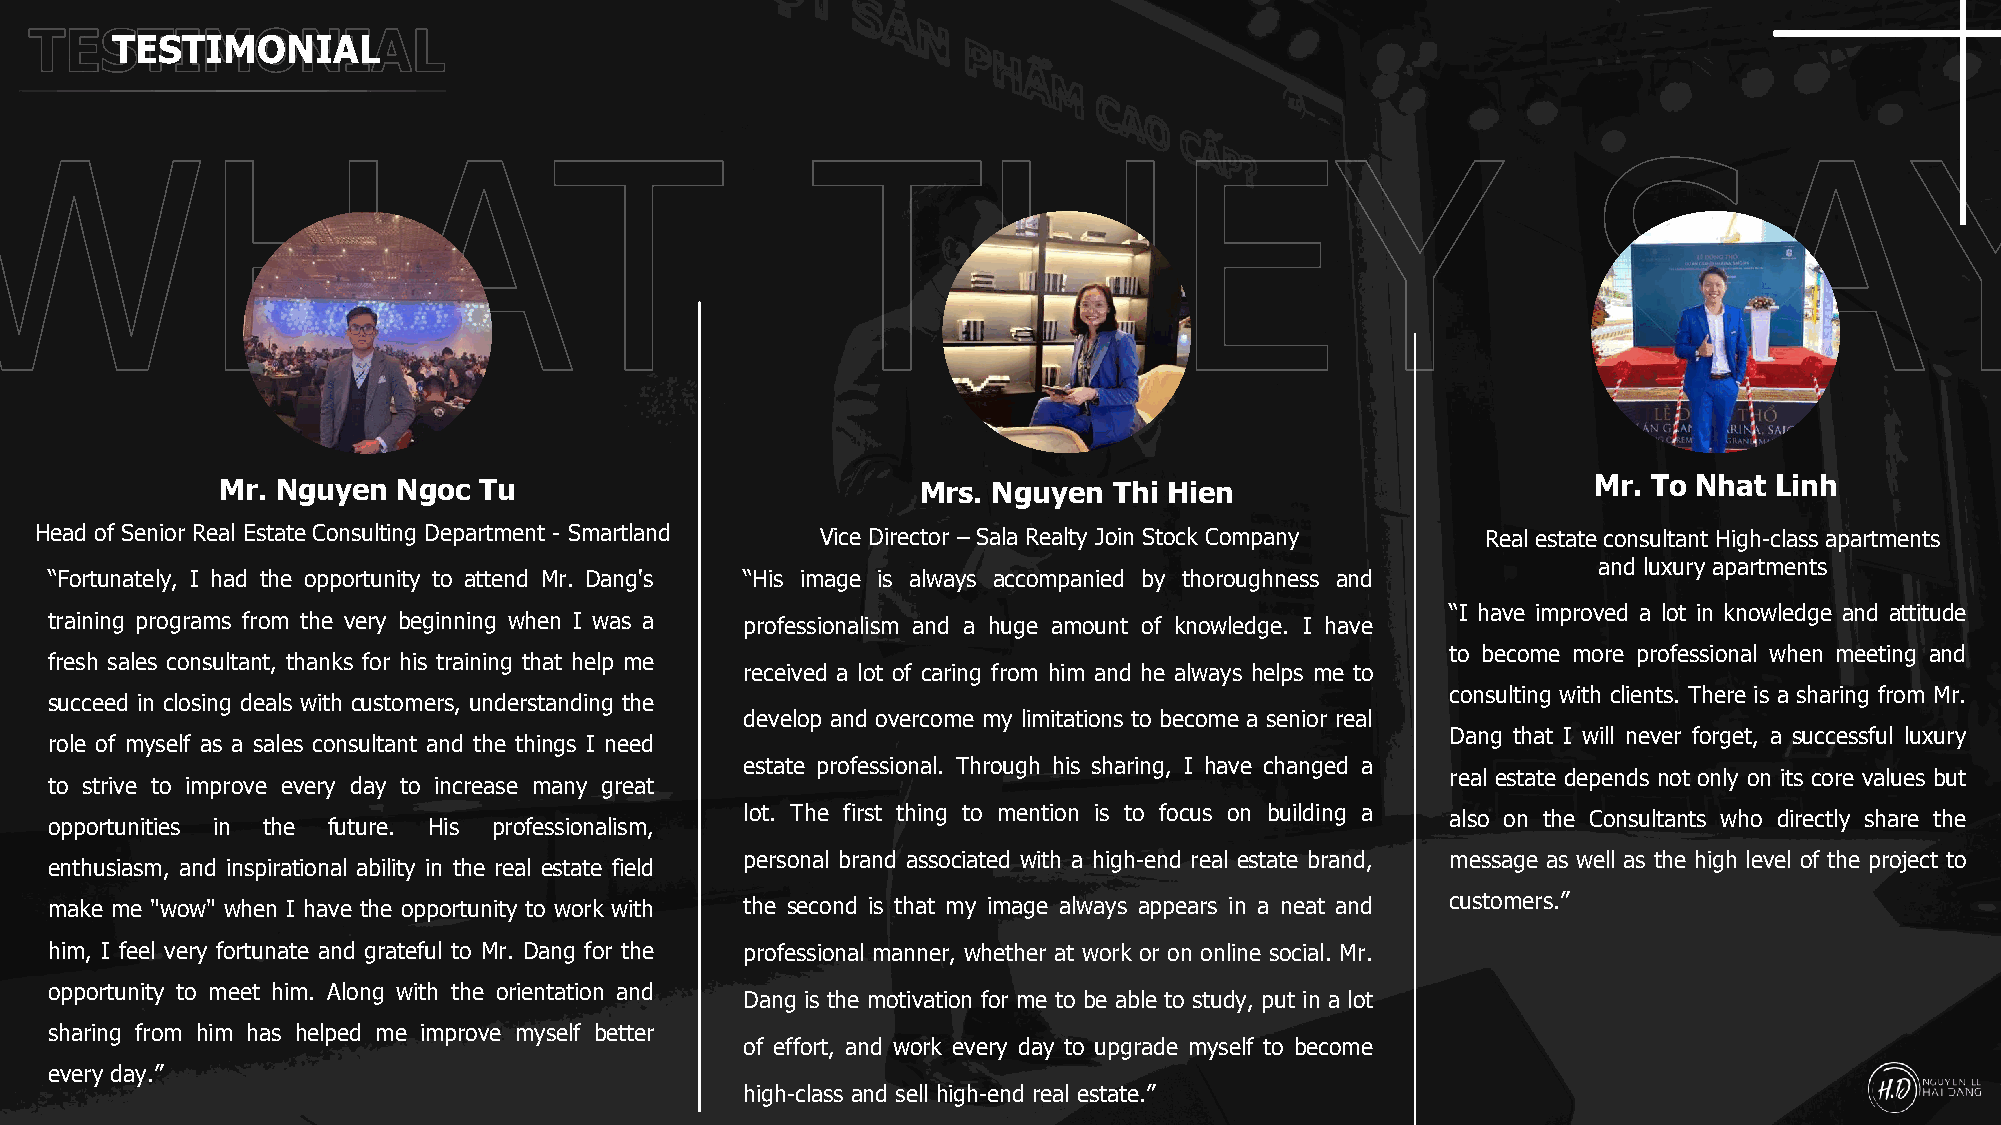
TESTIMONIAL
 Mr. Nguyen  Ngoc  Tu                           Mrs. Nguyen  Thi Hien                       Mr. To Nhat Linh
 Head of Senior Real Estate Consulting Department - Smartland Vice Director – Sala Realty Join Stock Company Real estate consultant High-class apartments
 and luxury apartments
 “Fortunately, I had the opportunity to attend Mr. Dang's “His image is always accompanied by thoroughness and
 “I have improved a lot in knowledge and attitude
 training programs from the very beginning when I was a professionalism and a huge amount of knowledge. I have
 to become more professional when meeting and
 fresh sales consultant, thanks for his training that help me
 received a lot of caring from him and he always helps me to
 consulting with clients. There is a sharing from Mr.
 succeed in closing deals with customers, understanding the
 develop and overcome my limitations to become a senior real
 Dang that I will never forget, a successful luxury
 role of myself as a sales consultant and the things I need
 estate professional. Through his sharing, I have changed a
 real estate depends not only on its core values but
 to strive to improve every day to increase many great
 lot. The first thing to mention is to focus on building a also on the Consultants who directly share the
 opportunities in the future. His professionalism,
 personal brand associated with a high-end real estate brand, message as well as the high level of the project to
 enthusiasm, and inspirational ability in the real estate field
 make me "wow" when I have the opportunity to work with the second is that my image always appears in a neat and customers.”
 him, I feel very fortunate and grateful to Mr. Dang for the professional manner, whether at work or on online social. Mr.
 opportunity to meet him. Along with the orientation and
 Dang is the motivation for me to be able to study, put in a lot
 sharing from him has helped me improve myself better
 of effort, and work every day to upgrade myself to become
 every day.”
 high-class and sell high-end real estate.”